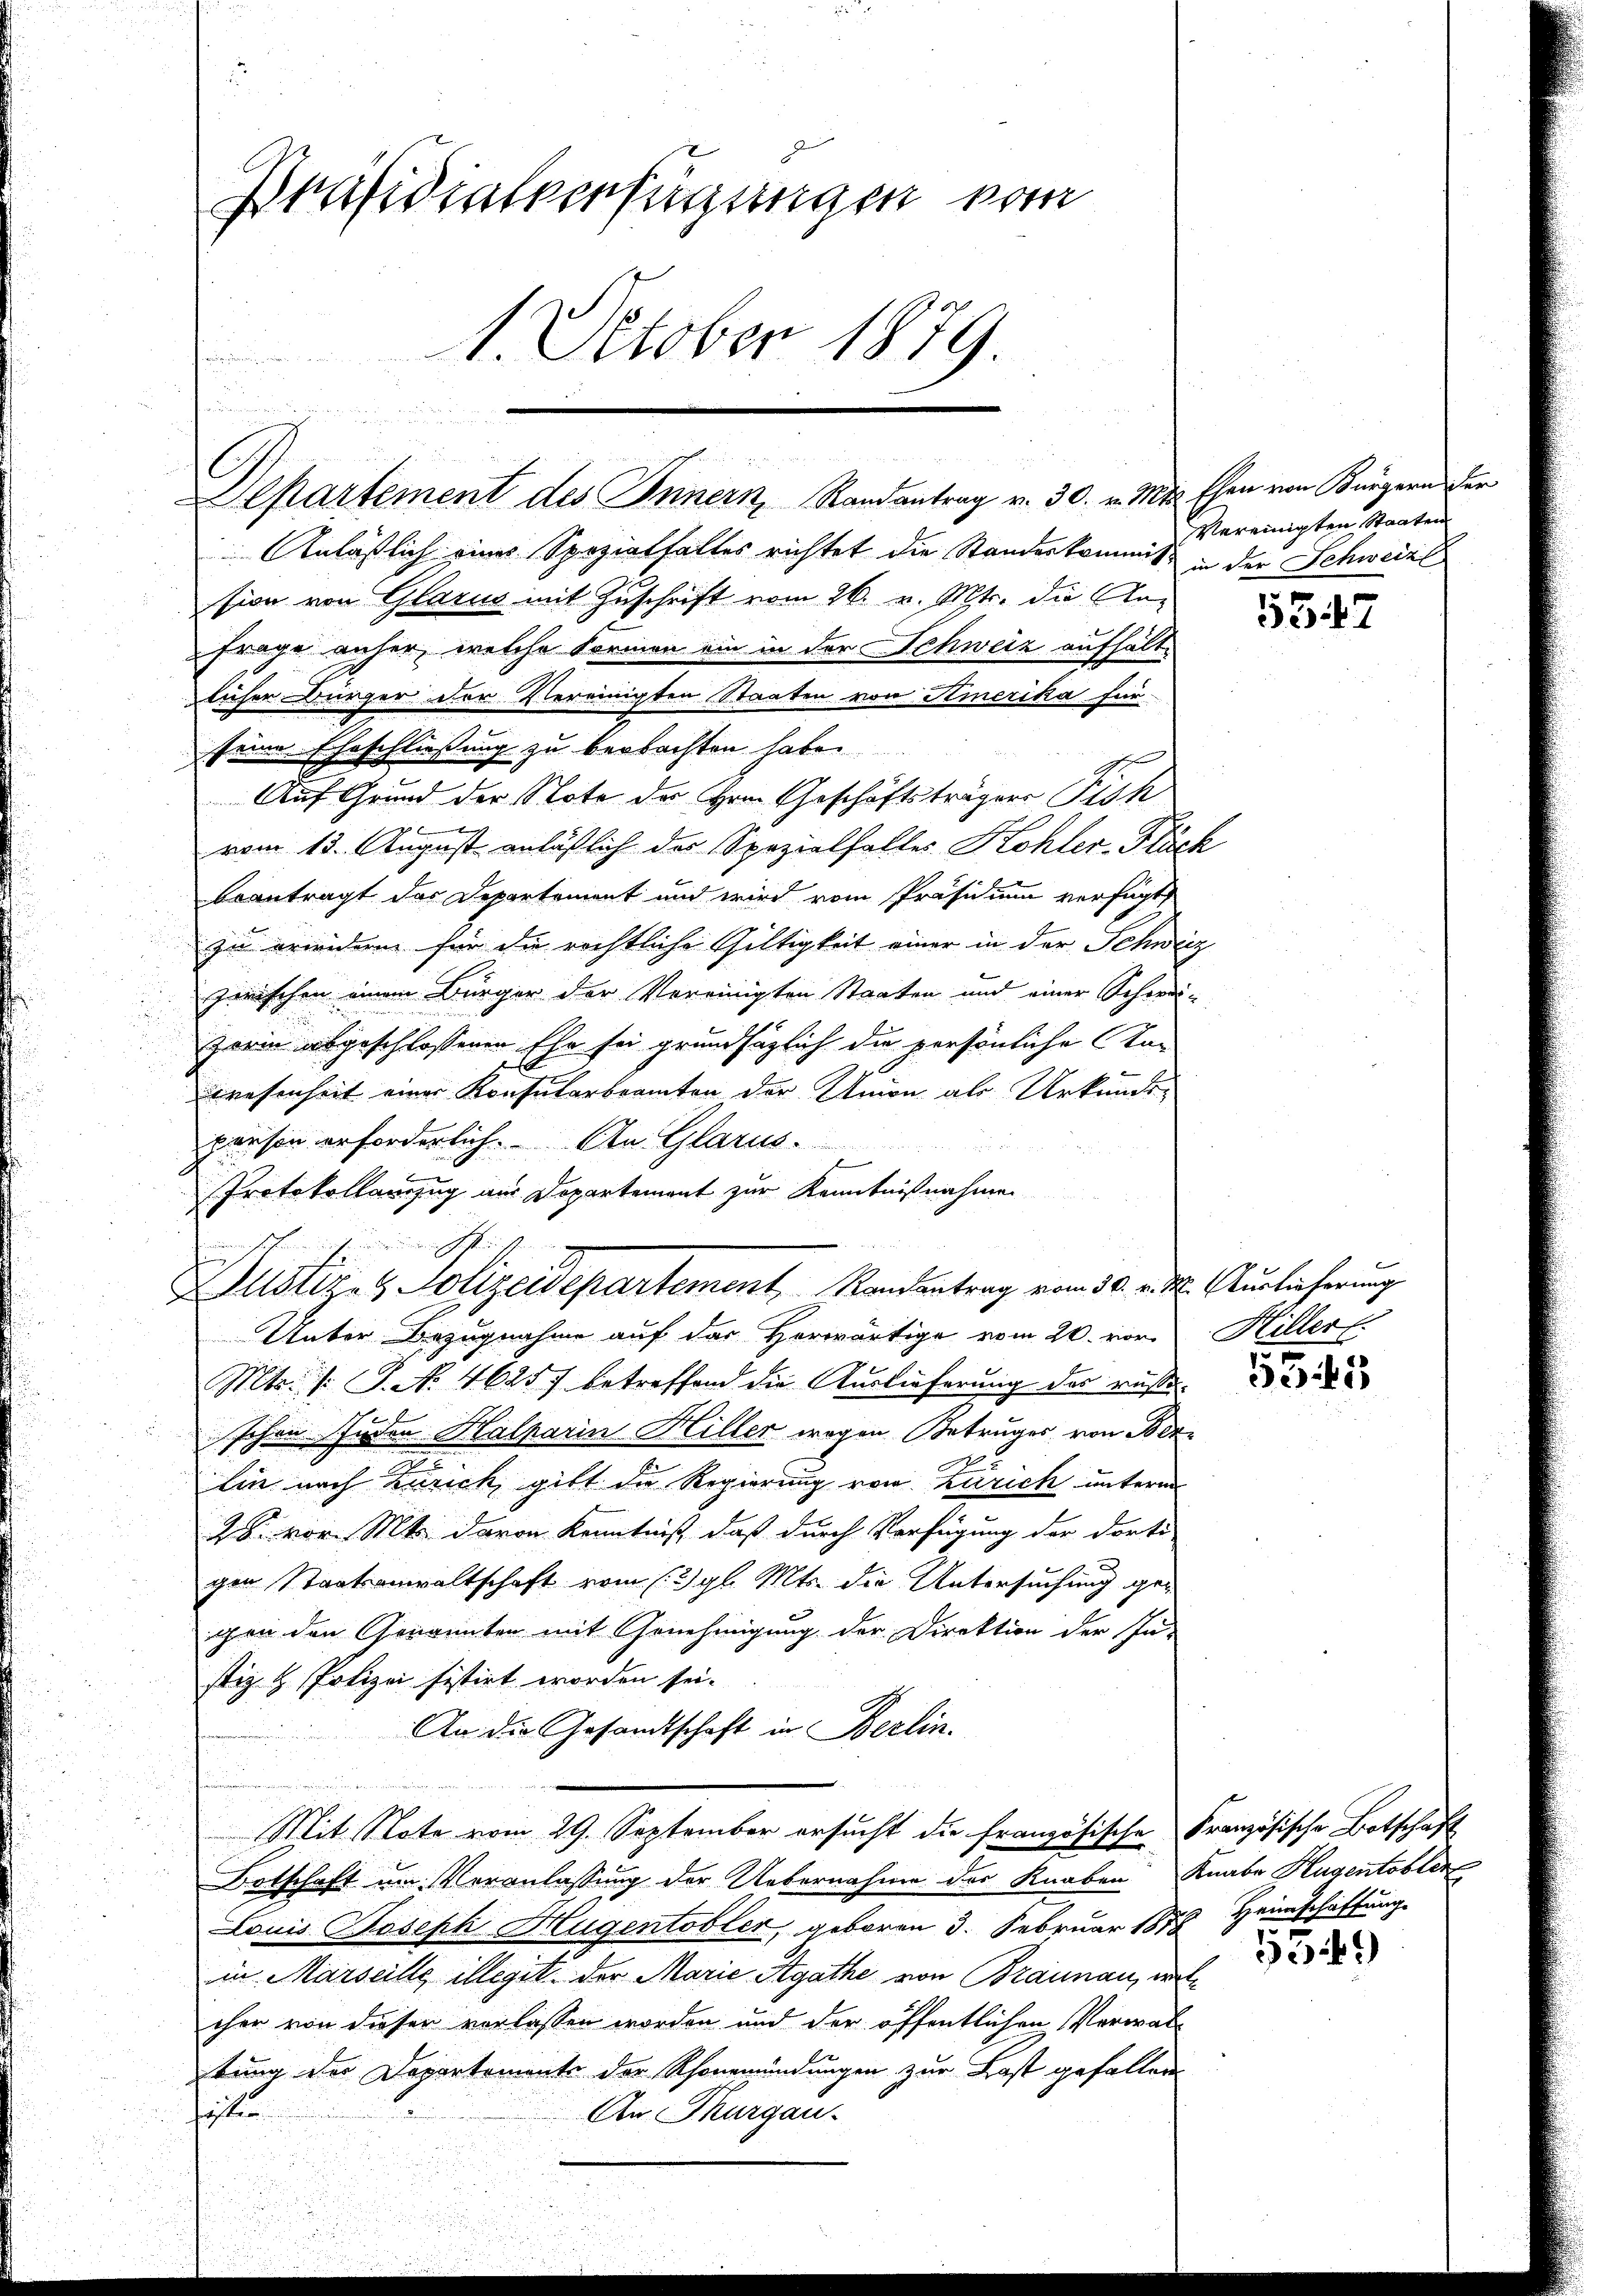
Präsidialverfügungen vom
4. October 1879.

Departement des Innern Randantrag v. 30. v. Mts. Ehen von Bürgern der
Anläßlich eines Spezialfalles richtet die Standeskommis in der Schweize
sion von Glarus mit Zuschrift vom 26. v. Mts. die An-
Frage anher, welche Formen ein in der Schweiz aufhältdlicher Bürger der Vereinigten Staaten von Amerika für
seine Eheschließung zu beobachten habe.
Auf Grund der Note des Hrn. Geschäftsträgers Pich
vom 13. August anläßlich des Spezialfalles Kohler-Fläch
beantragt das Departement und wird vom Präsidium verfügt,
zu erwidern für die rechtliche Gültigkeit einer in der Schweiz
zwischen einem Bürger der Vereinigten Staaten und einer Schwei-
zorin abgeschlossenen Ehe sei grundsätzlich die persönliche Kan
wesenheit einer Konsularbeamten der Union als Urkundepanson erforderlich. An Glarus.
Protokollanzug aus Departement zur Kenntnißnahmen
Unter Bezugnahme auf das Horwärtige vom 20. von Hiller
Mts. /: P. No. 4625 betreffend die Auslieferung des rußeschon Juden Halparin Hiller wegen Betruges von Berlin nach Zürich, gibt die Regierung von Zürich unterm
28. vor. Mts. davon Kenntniß, daß durch Verfügung der dorti
gen Staatsanwaltschaft vom 12. gl. Mts. die Untersuchung gegen den Genannten mit Genehmigung der Direktion der Pa-
stiz & Polizei sistirt worden sei.
An die Gesandtschaft in Berlin.
Mit Note vom 29. September ersucht die französische Französische Botschaft
Botschaft um Veranlassung der Uebernahme des Knaben Knabe Hugentobler
Louis Joseph Hugentobler, geboren 3. Februar 1878 Heimschaftung
in Marseille illegit der Marie Agathe von Braunau, welcher von dieser vorlassen worden und der öffentlichen Verwal-
tung der Departemente der Rhonemündungen zur Last gefallen.
situ
An Thurgau.

c

Jenesunderen Gestand ihr
Justiz- & Polizeidepartement Randantrag vom 30. v. M. Auslieferung

Vereinigten Staaten

5547

5345

5349